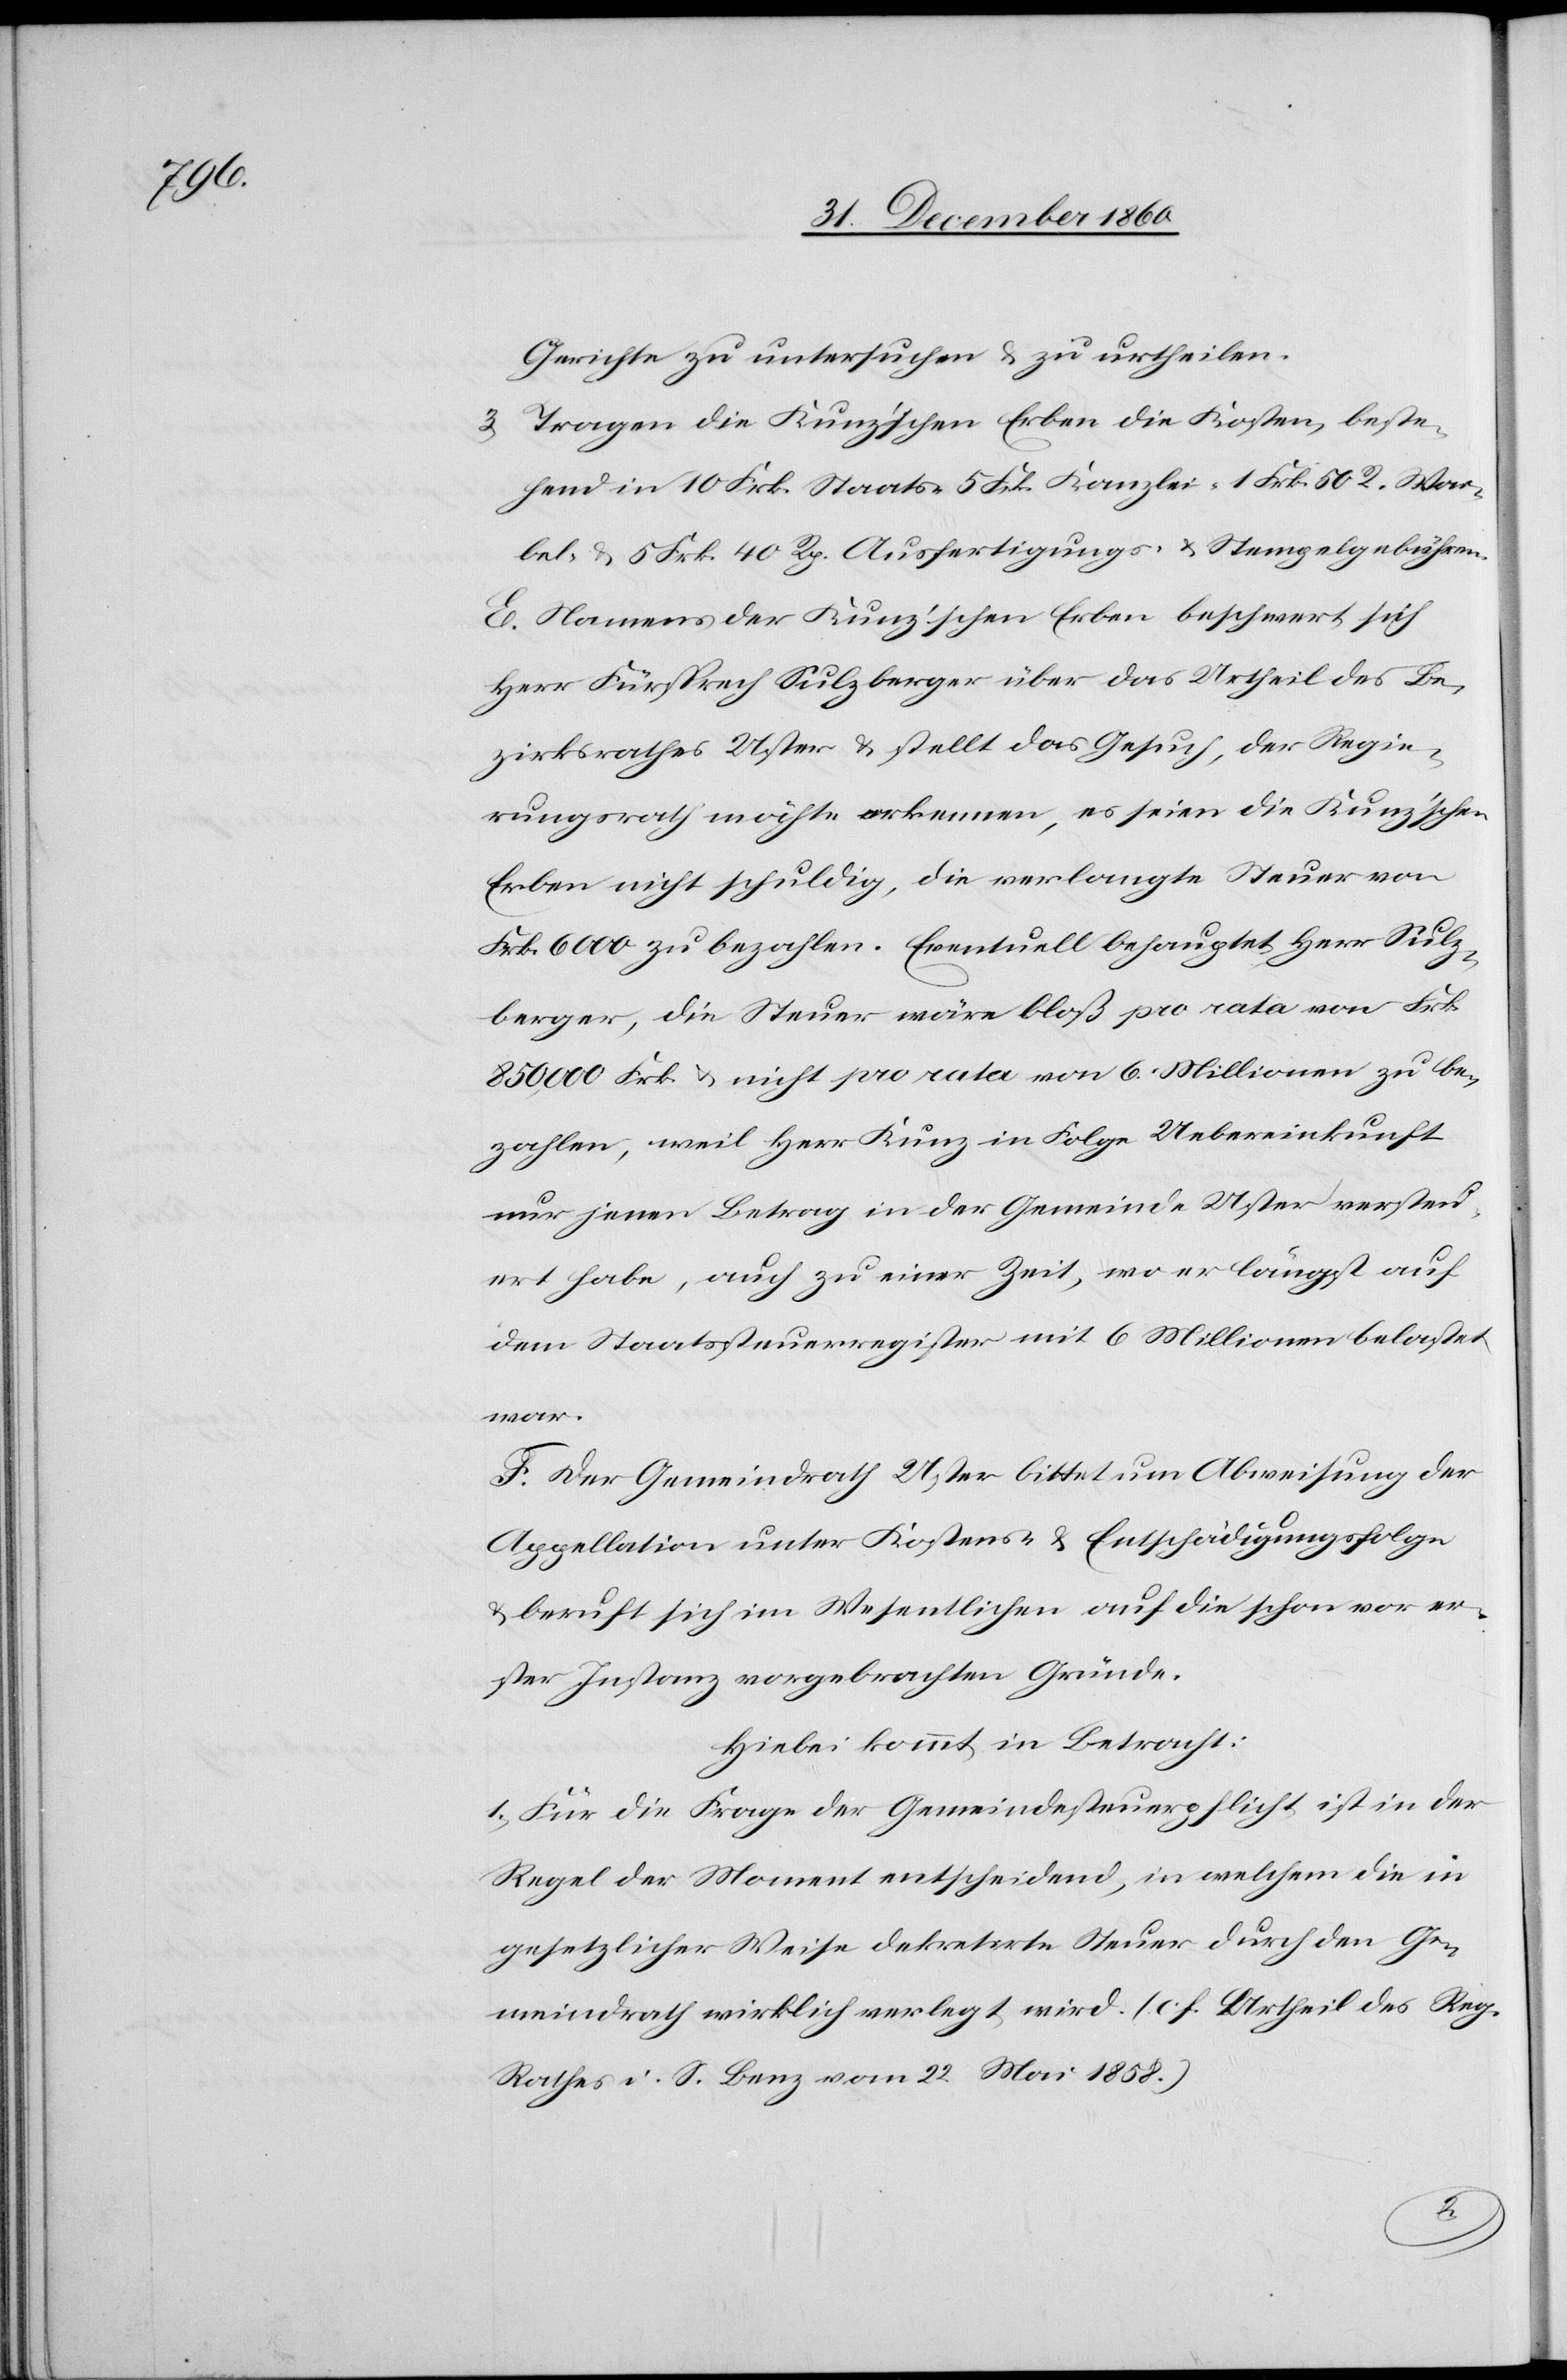
Gerichte zu untersuchen u. zu urtheilen.
3. Tragen die Kunz’schen Erben die Kosten, beste¬
hend in 10 Frk. Staats-[,] 5 Frk. Kanzlei-[,] 1 Frk. 50 Rp. Wai¬
bel- u. 5 Frk. 40 Rp. Ausfertigungs- u. Stempelgebühren.
E. Namens der Kunz’schen Erben beschwert sich
Herr Fürsprech Sulzberger über das Urtheil des Be¬
zirksrathes Uster u. stellt das Gesuch, der Regie¬
rungsrath möchte erkennen, es seien die Kunz’schen
Erben nicht schuldig, die verlangte Steuer von
Frk. 6000 zu bezahlen. Eventuell behauptet Herr Sulz¬
berger, die Steuer wäre bloß pro rata von Frk.
850,000 Frk. [sic!] u. nicht pro rata von 6 Millionen zu be¬
zahlen, weil Herr Kunz in Folge Uebereinkunft
nur jenen Betrag in der Gemeinde Uster versteu¬
ert habe, auch zu einer Zeit, wo er längst auf
dem Staatssteuerregister mit 6 Millionen belastet
war.
F: Der Gemeindrath Uster bittet um Abweisung der
Appellation unter Kostens- u. Entschädigungsfolge
u. beruft sich im Wesentlichen auf die schon vor er¬
ster Instanz vorgebrachten Gründe.
Hiebei kommt in Betracht:
1. Für die Frage der Gemeindesteuerpflicht ist in der
Regel der Moment entscheidend, in welchem die in
gesetzlicher Weise dekretirte Steuer durch den Ge¬
meindrath wirklich verlegt wird, (c. f. Urteil des Reg.
Rathes i. S. Benz vom 22. Mai 1858.)